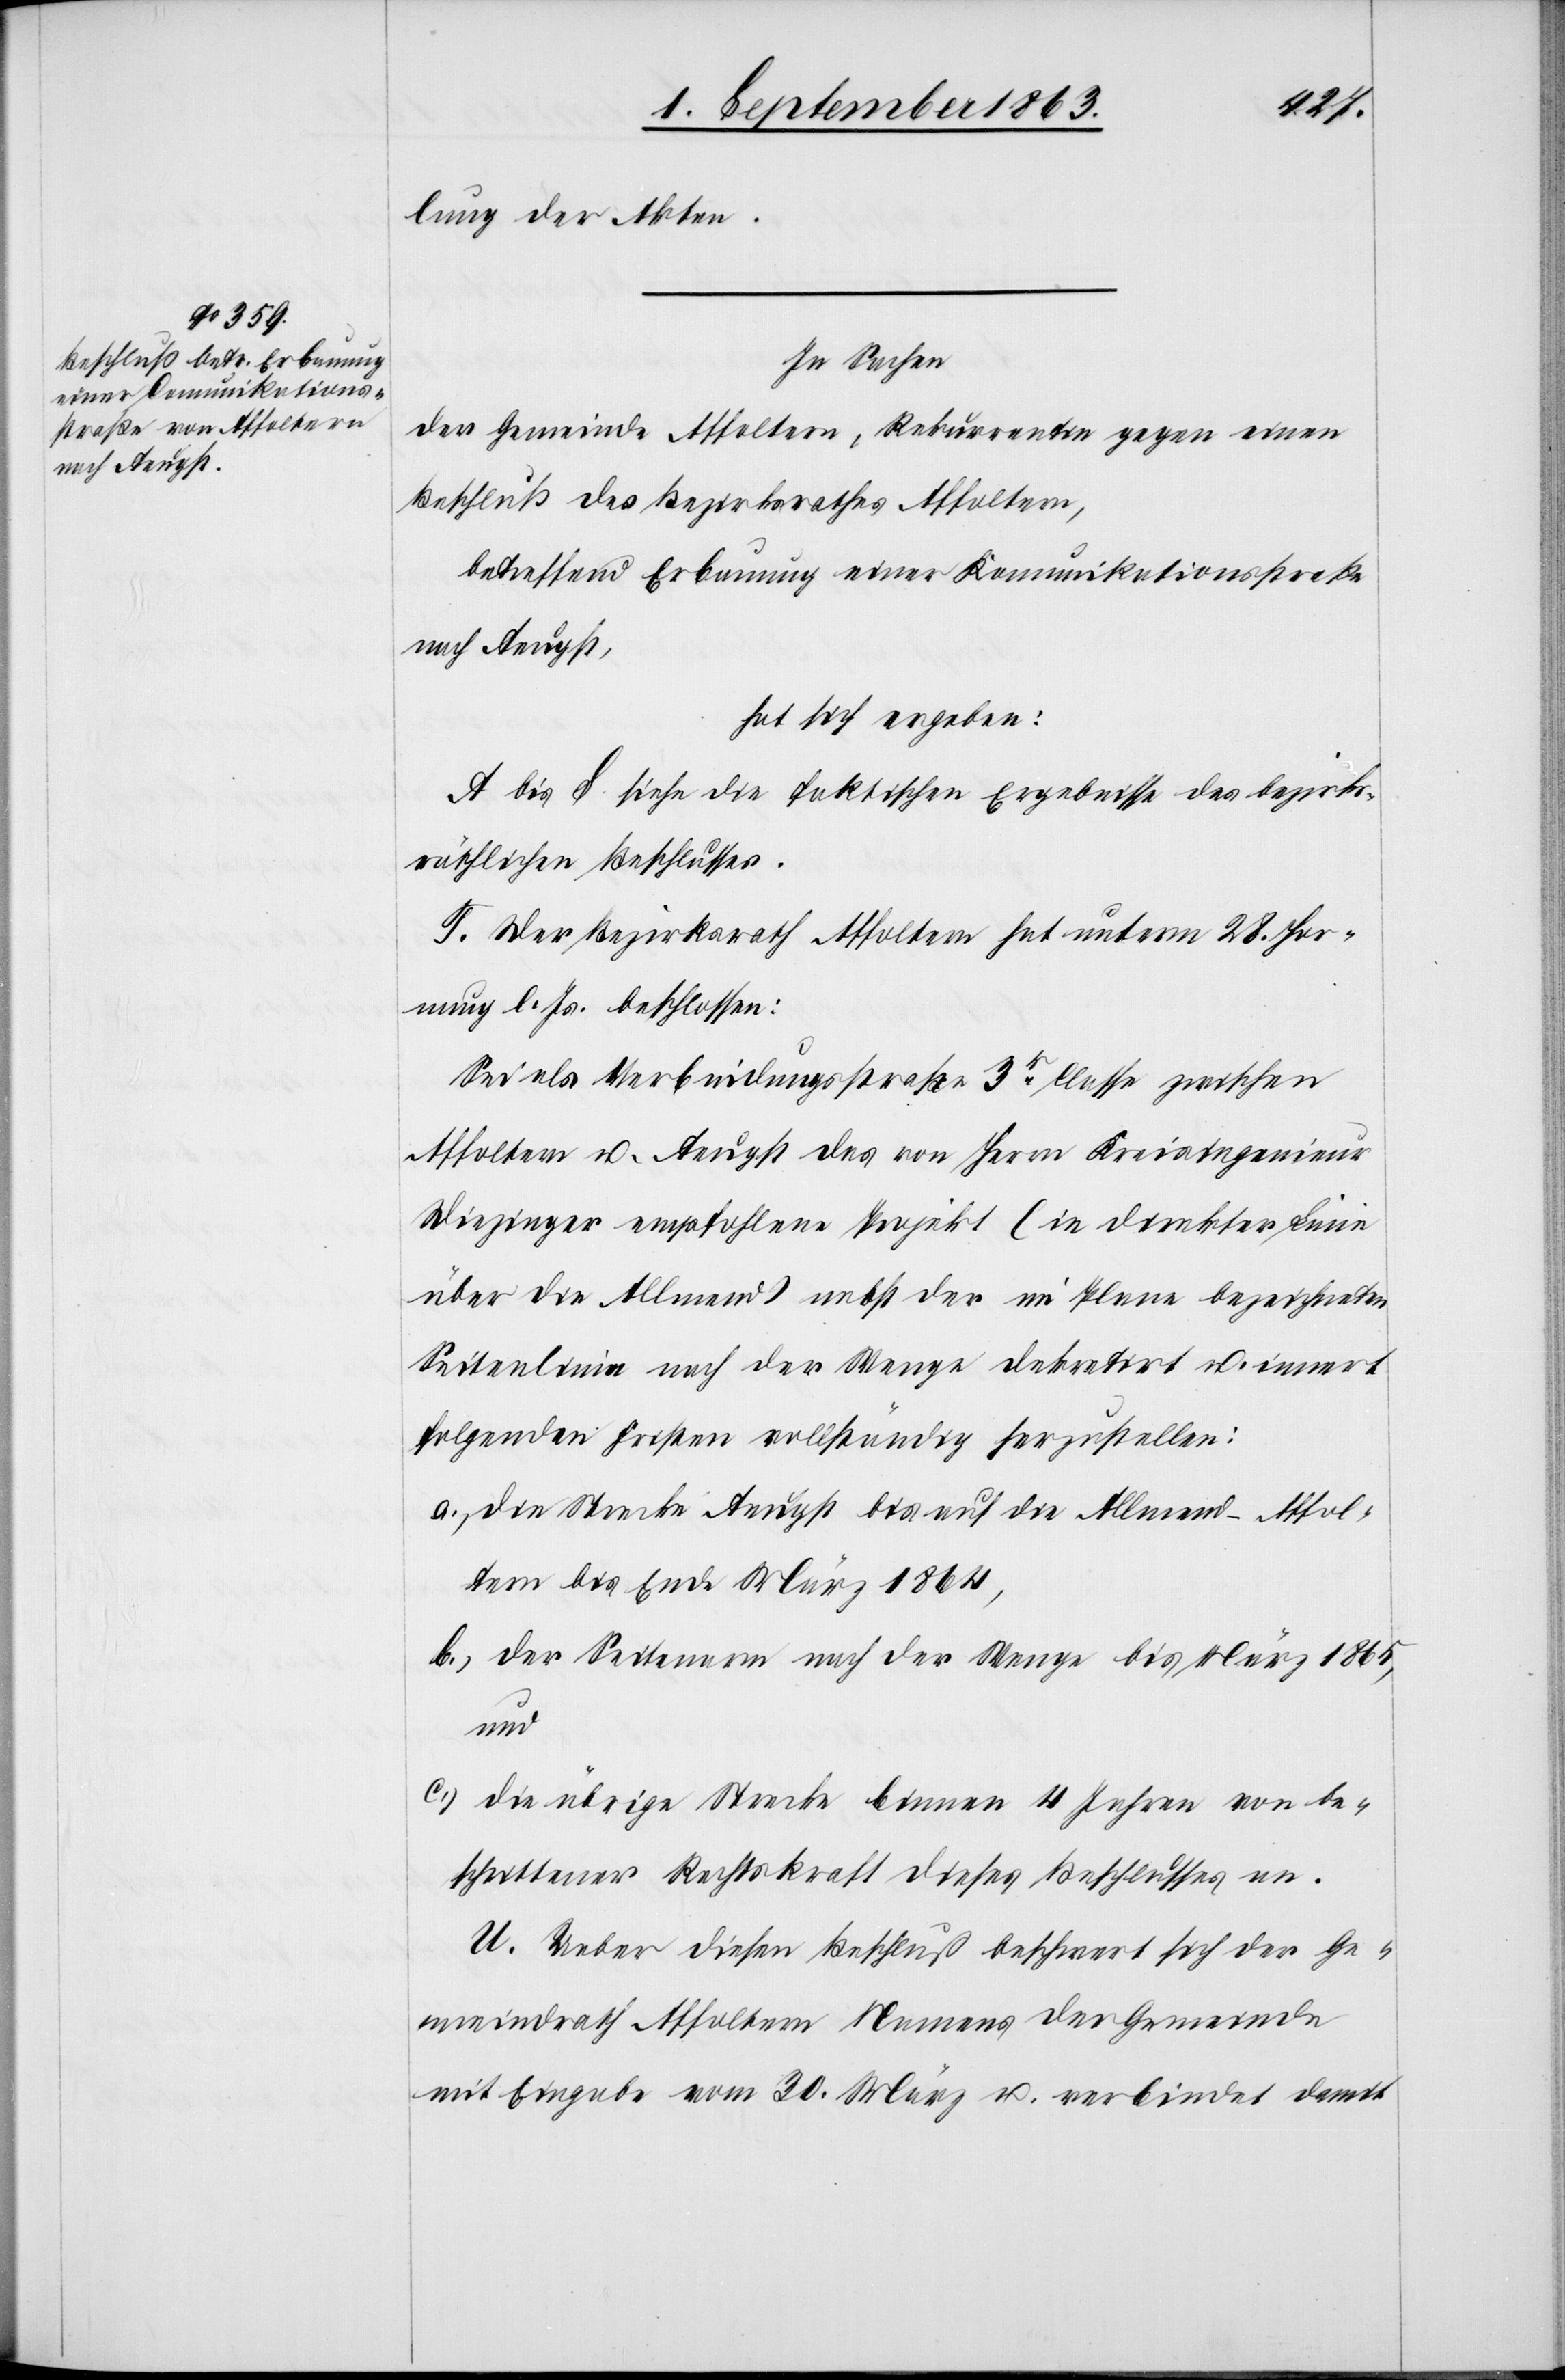
lung der Akten.
In Sachen
der Gemeinde Allfoltern, Rekurrentin gegen einen
Beschluß des Bezirksrathes Affoltern,
betreffend Erbauung einer Komunikationsstraße
nach Aeugst,
hat sich ergeben:
A bis S. siehe die faktischen Ergebnisse des bezirks¬
räthlichen Beschlusses.
T. Der Bezirksrath Affoltern hat unterm 28. Hor¬
nung l. Js. beschlossen:
Sei als Verbindungsstraße 3r Classe zwischen
Affoltern u. Aeugst das von Herrn Kreisingenieur
Diezinger empfohlene Projekt (in direkter Linie
über die Allmend) nebst der im Plane bezeichneten
Seitenlinie nach der Wenge dekretirt u. innert
folgenden Fristen vollständig herzustellen:
a.) die Strecke Aeugst bis auf die Allmend Affol¬
tern bis Ende März 1864,
b.) der Seitenarm nach der Wenge bis März 1865,
und
c.) die übrige Strecke binnen 4 Jahren von be¬
schrittener Rechtskraft dieses Beschlusses an.
U. Ueber diesen Beschluß beschwert sich der Ge¬
meindrath Affoltern Namens der Gemeinde
mit Eingabe vom 30. März u. verbindet damit